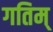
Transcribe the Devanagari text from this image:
गतिम्